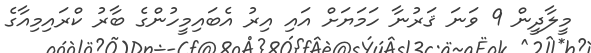
މީލާދީން 9 ވަނަ ޤަރުނާ ހަމަޔަށް އައި އިރު އެބައިމީހުންގެ ބާރު ކްރައިމިއާގެ